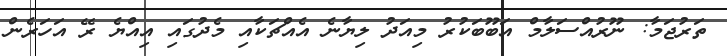
ތަރުޖަމާ: ނޫރުއްސަލާމް އަބޫބަކުރު މިއަދު ލިޔާނެ އެއްޗަކާއި މެދުގައި އިއްޔެ ރޭ އަހަރެން